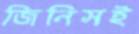
জিনিসই